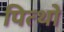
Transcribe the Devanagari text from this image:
पित्थो